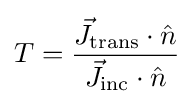
T={\frac {{\vec {J}}_{\mathrm {trans} }\cdot {\hat {n}}}{{\vec {J}}_{\mathrm {inc} }\cdot {\hat {n}}}}